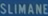
SLIMANE